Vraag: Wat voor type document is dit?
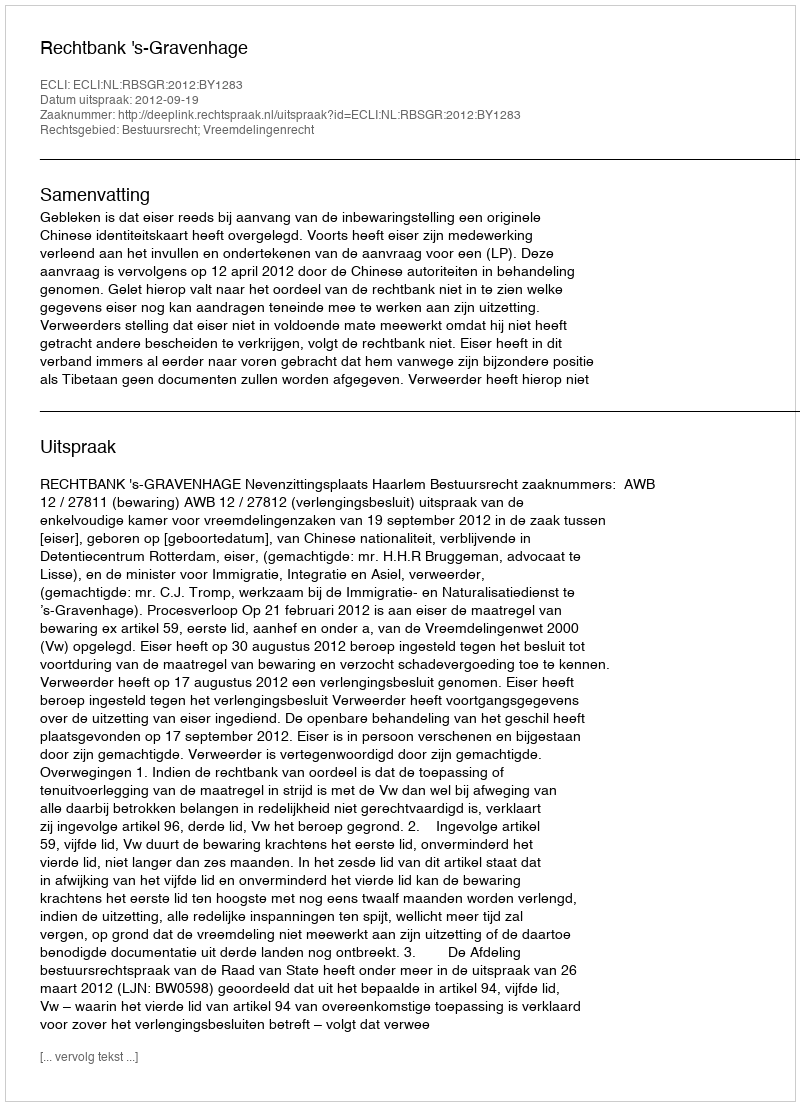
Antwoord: Uitspraak